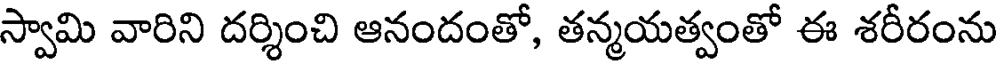
స్వామి వారిని దర్శించి ఆనందంతో, తన్మయత్వంతో ఈ శరీరంను